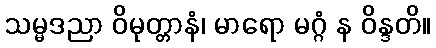
သမ္မဒညာ ဝိမုတ္တာနံ၊ မာရော မဂ္ဂံ န ဝိန္ဒတိ။